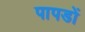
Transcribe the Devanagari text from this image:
पापडों